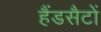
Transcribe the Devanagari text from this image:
हैंडसैटों